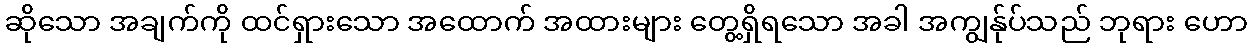
ဆိုသော အချက်ကို ထင်ရှားသော အထောက် အထားများ တွေ့ရှိရသော အခါ အကျွန်ုပ်သည် ဘုရား ဟော